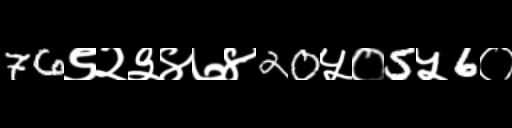
Text: 76९२३४७४20५०5५6०